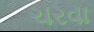
ચરવા